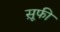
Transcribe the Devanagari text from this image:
स़ूफी